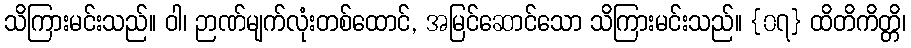
သိကြားမင်းသည်။ ဝါ၊ ဉာဏ်မျက်လုံးတစ်ထောင်, အမြင်ဆောင်သော သိကြားမင်းသည်။ {၀၇} ထိတိကိတ္တိ၊